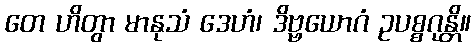
တေ ဟိတွာ မာနုသံ ဒေဟံ၊ ဒိဗ္ဗယောဂံ ဥပစ္စဂုန္တိ။